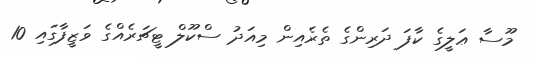
މޫސާ ޢަލީގެ ކާފަ ދަރިންގެ ތެރެއިން މިއަދު ސްކޫލް ޓީޗަރެއްގެ ވަޒީފާގައި 10